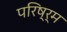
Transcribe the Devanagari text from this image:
परिष्र्म